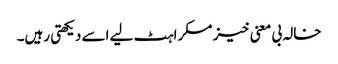
خالہ بی معنی خیز مسکراہٹ لیے اسے دیکھتی رہیں۔